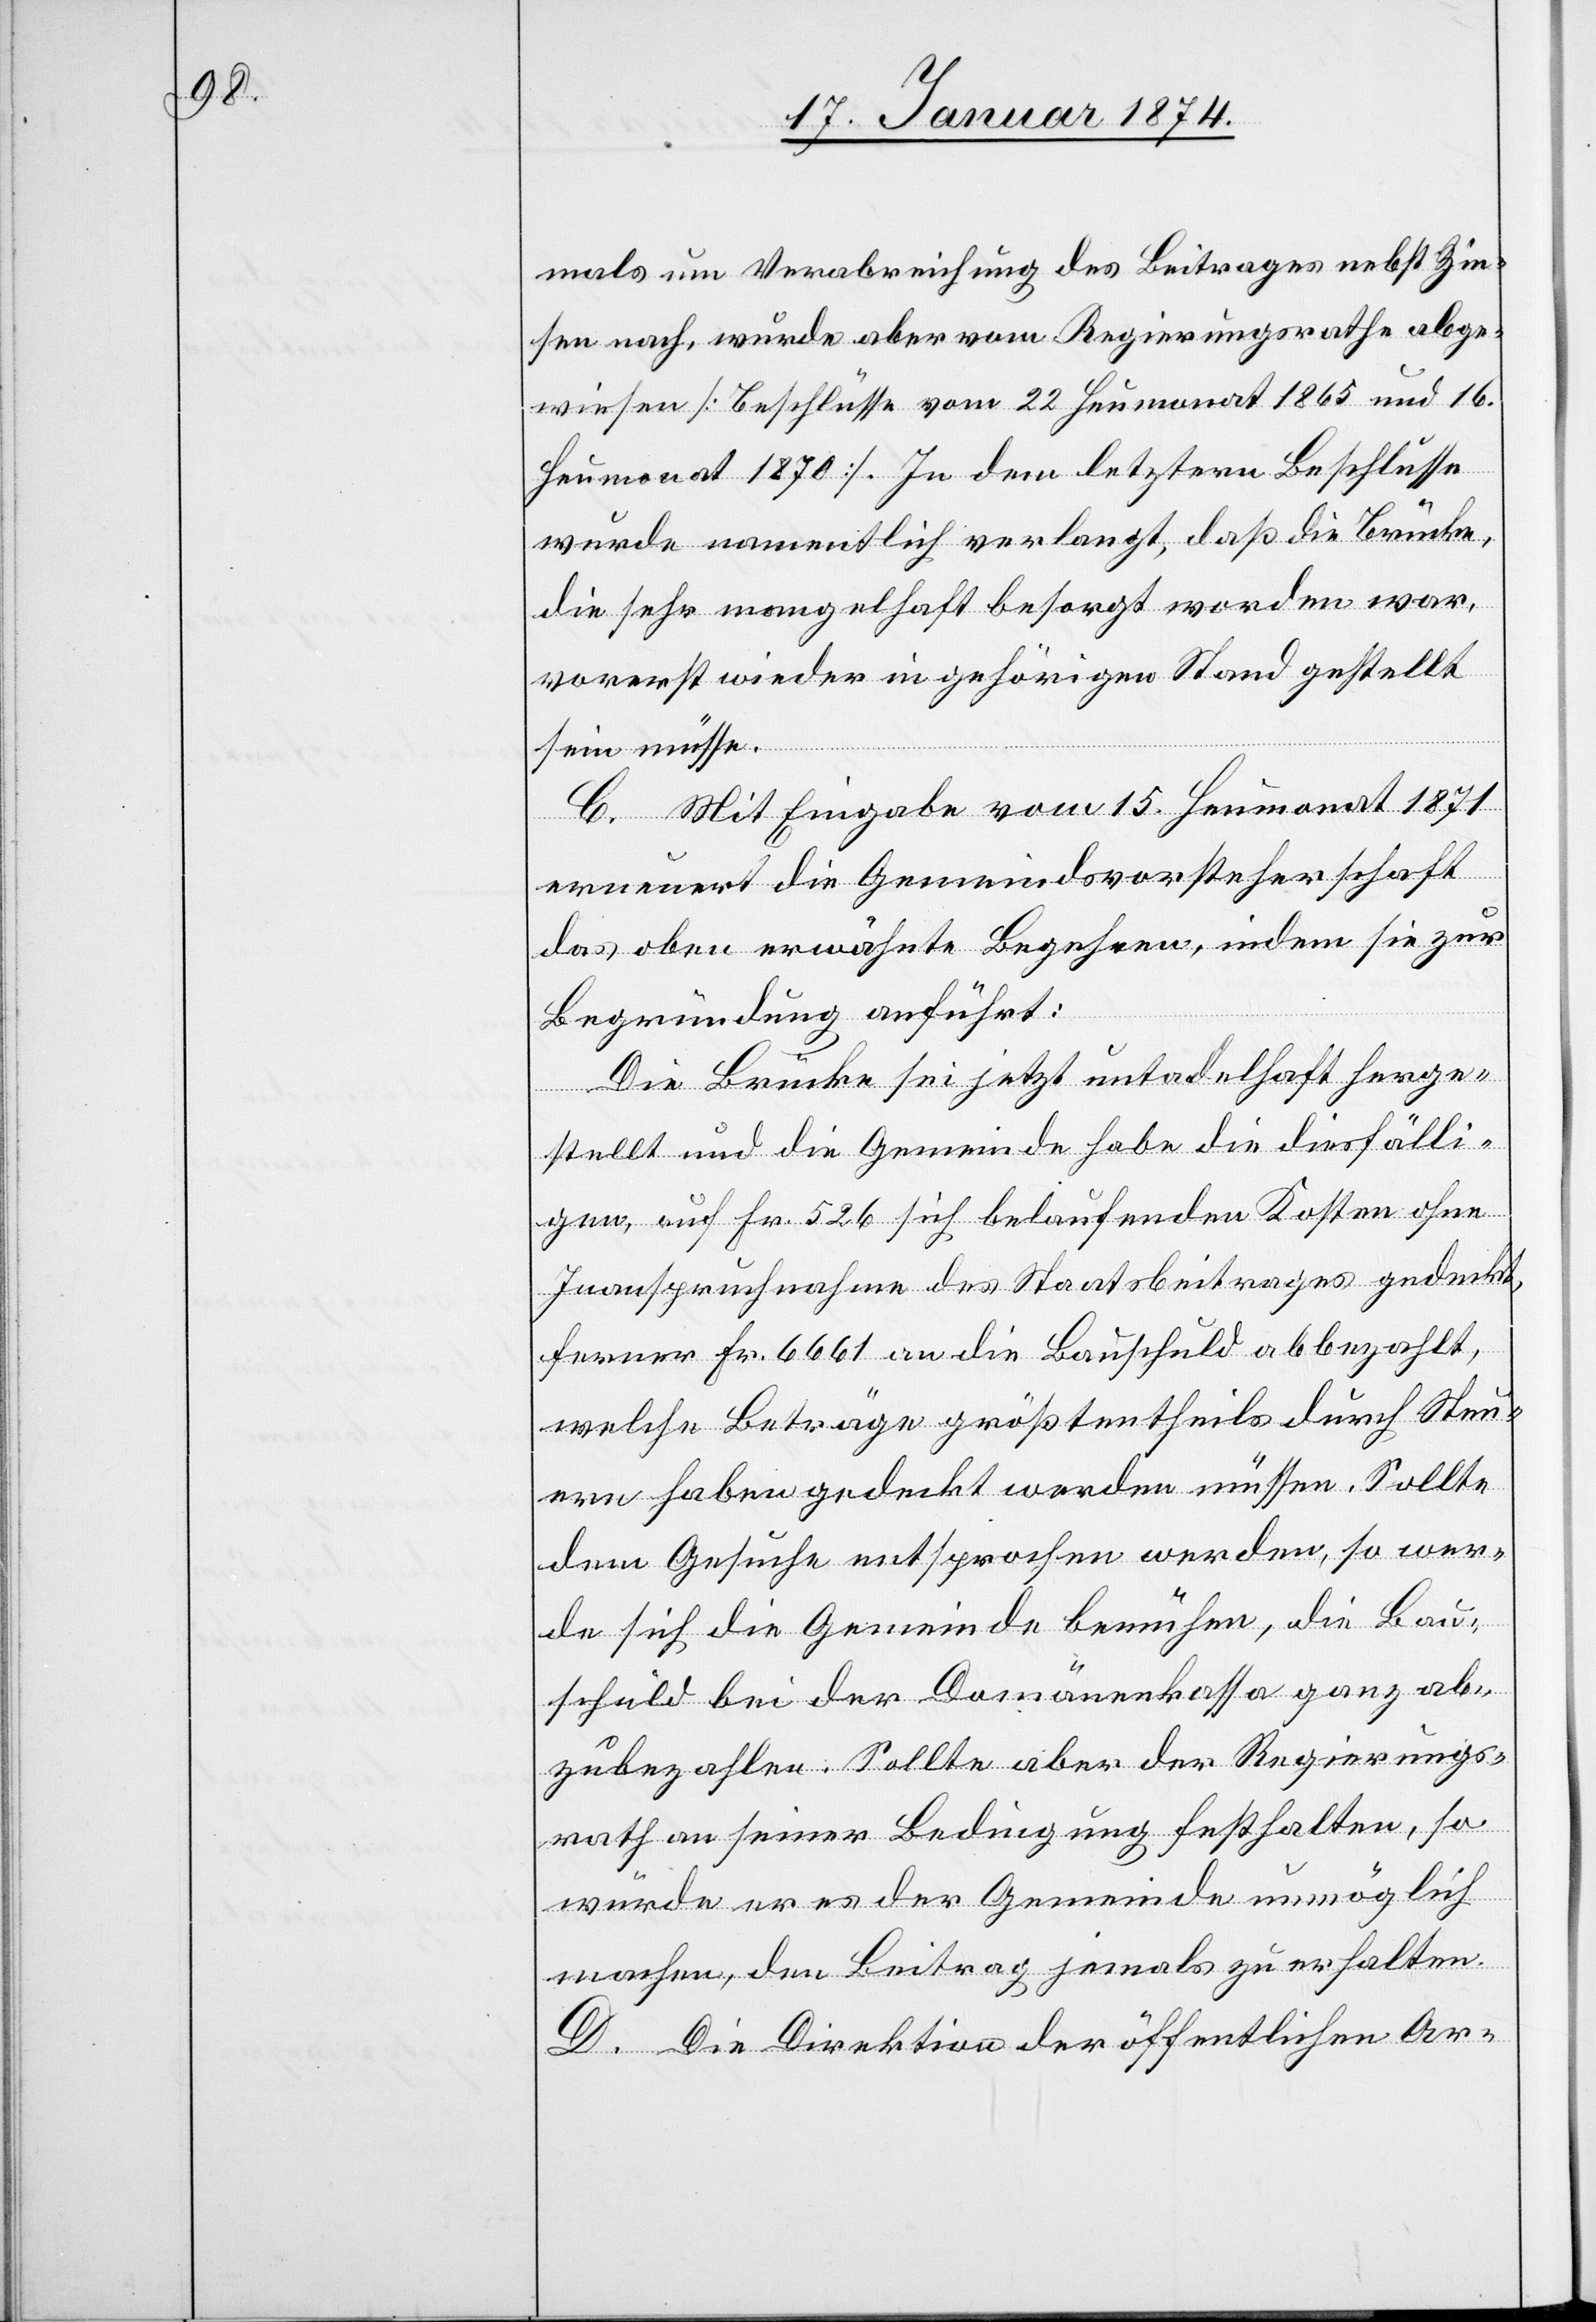
mals um Verabreichung des Beitrages nebst Zin¬
sen nach, wurde aber vom Regierungsrathe abge¬
wiesen [Beschlüsse vom 22 Heumonat 1865 und 16.
Heumonat 1870]. In dem letztern Beschlusse
wurde namentlich verlangt, daß die Brücke
die sehr mangelhaft besorgt worden war,
vorerst wieder in gehörigen Stand gestellt
sein müsse.
C. Mit Eingabe vom 15. Heumonat 1871
ernennt die Gemeindsvorsteherschaft
das oben erwähnte Begehren, indem sie zur
Begründung anführt:
Die Brücke sei jetzt untadelhaft herge¬
stellt und die Gemeinde habe die diesfälli¬
gen, auf Fr. 526 sich belaufenden Kosten ohne
Inanspruchnahme des Staatsbeitrages gedeckt,
ferner Fr. 6661 an die Bauschuld abbezahlt,
welche Beträge größtentheils durch Steu¬
ern haben gedeckt werden müssen. Sollte
dem Gesuche entsprochen werden, so wer¬
de sich die Gemeinde bemühen, die Bau¬
schuld bei der Domänenkasse ganz ab¬
zubezahlen. Sollte aber der Regierungs¬
rath an seiner Bedingung festhalten, so
würde er es der Gemeinde unmöglich
machen, den Beitrag jemals zu erhalten.
D. Die Direktion der öffentlichen Ar-